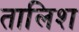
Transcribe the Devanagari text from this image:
तालिश